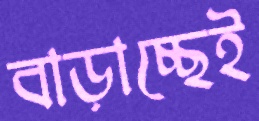
বাড়াচ্ছেই